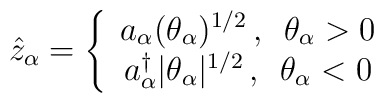
\hat z_{\alpha} =  \left\{  \begin{array}{c} a_{\alpha}(\theta_{\alpha})^{1/2} \, , \enspace \theta_{\alpha}>0 \\a_{\alpha}^{\dagger}|\theta_{\alpha}|^{1/2} \, , \enspace \theta_{\alpha}<0\end{array} \right.